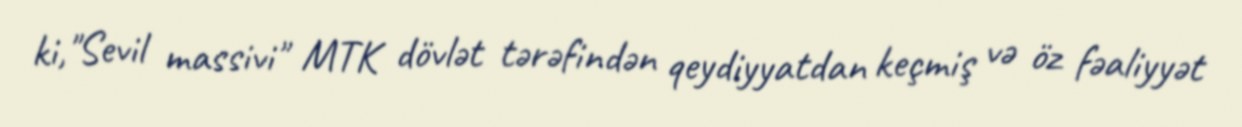
ki,"Sevil massivi" MTK dövlət tərəfindən qeydiyyatdan keçmiş və öz fəaliyyət